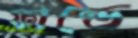
ফান্ডে